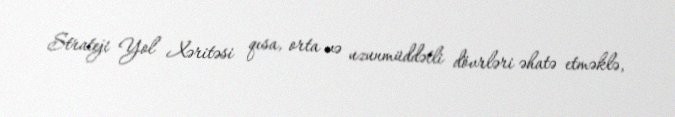
Strateji Yol Xəritəsi qısa, orta və uzunmüddətli dövrləri əhatə etməklə,